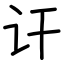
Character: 讦